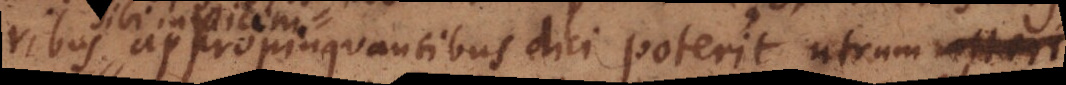
ribus appropinquantibus dici poterit utrum moveri